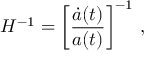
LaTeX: H ^ { - 1 } = \left[ \frac { \dot { a } ( t ) } { a ( t ) } \right] ^ { - 1 } \, ,